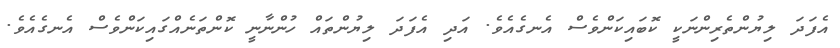
އެފަދަ ލިޔުންތެރިންނަކީ ކޮބައިކަންވެސް އެނގެއެވެ. އަދި އެފަދަ ލިޔުންތައް ހުންނާނީ ކޮންތަނެއްގައިކަންވެސް އެނގެއެވެ.